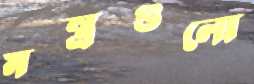
মন্ত্রগুলো